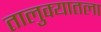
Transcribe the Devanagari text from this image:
तालुक्यातला